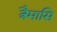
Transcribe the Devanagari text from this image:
त्रैमासि